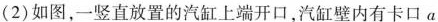
(2)如图，一竖直放置的汽缸上端开口，汽缸壁内有卡口a